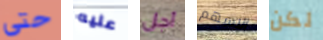
حتى عليه أجل الاسهم لكن